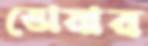
ভোয়ার